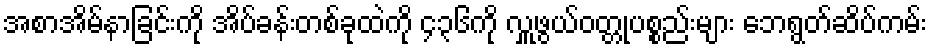
အစာအိမ်နာခြင်းကို အိပ်ခန်းတစ်ခုထဲကို ၄၃၆ကို လှူဖွယ်ဝတ္တုပစ္စည်းများ ဘေရွတ်ဆိပ်ကမ်း